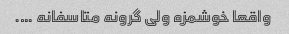
واقعا خوشمزه ولی گرونه متاسفانه ….